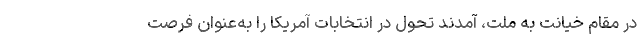
در مقام خیانت به ملت، آمدند تحول در انتخابات آمریکا را به‌عنوان فرصت